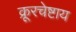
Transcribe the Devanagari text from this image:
क्रूरचेष्टाय